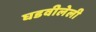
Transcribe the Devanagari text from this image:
घडवीलेली